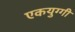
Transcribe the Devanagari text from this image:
एकयुग्गी